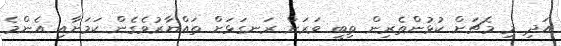
އަދި މި މެޗަށް ކުޅުންތެރިން ތިބީ ވަރަށް ރަނގަޅަށް ތައްޔާރުވެގެން ކަމަށާއި އެންމެ